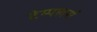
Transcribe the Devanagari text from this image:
टेम्पलर्स